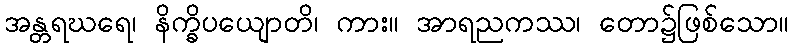
အန္တရဃရေ၊ နိက္ခိပယျောတိ၊ ကား။ အာရညကဿ၊ တော၌ဖြစ်သော။